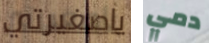
ياصغيرتي دمي